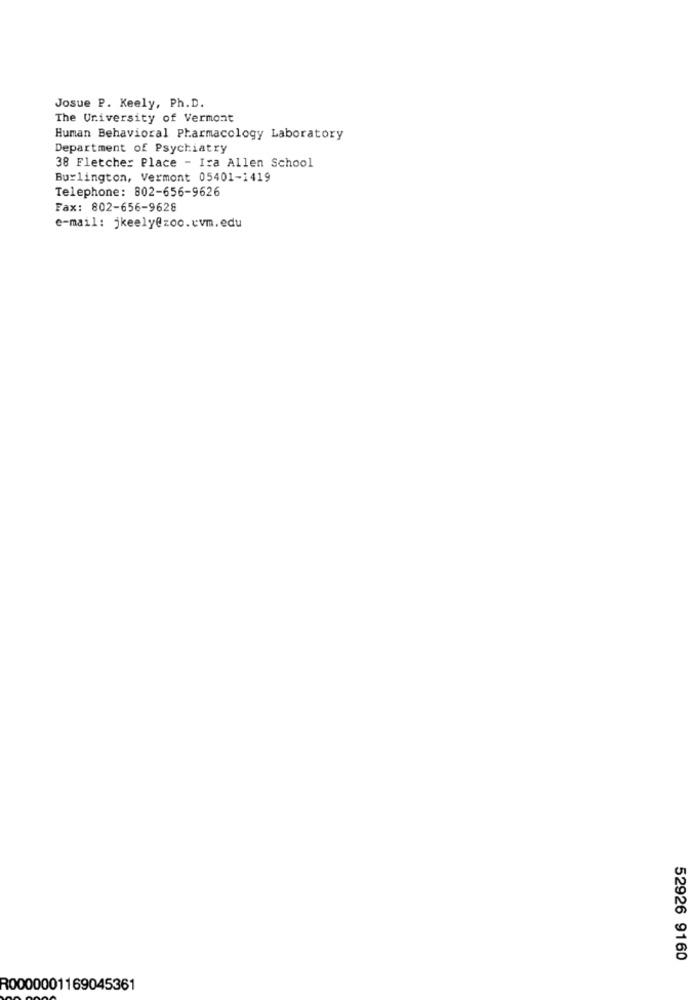
Josue P. Keely, Ph.D.
The University of Vermont
Human Behavioral Pharmacology Laboratory
Department of Psychiatry
38 Fletcher Place - Ira Allen School
Burlington, Vermont 05401-1419
Telephone: 802-656-9626
Fax: 802-656-9628
e-mail: jkeely@zoo.cvm.edu
52926 9160
R0000001169045361